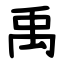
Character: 禹